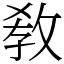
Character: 敎